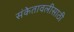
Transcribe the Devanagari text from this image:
संकेतावलीसाठी